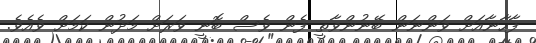
ފާހާނާއަށް ވަންނަން ބޭނުންވާތީ ފެން ވެސް ބޮނީ ވަރަށް މަދުން ކަމަށް ވެއެވެ.